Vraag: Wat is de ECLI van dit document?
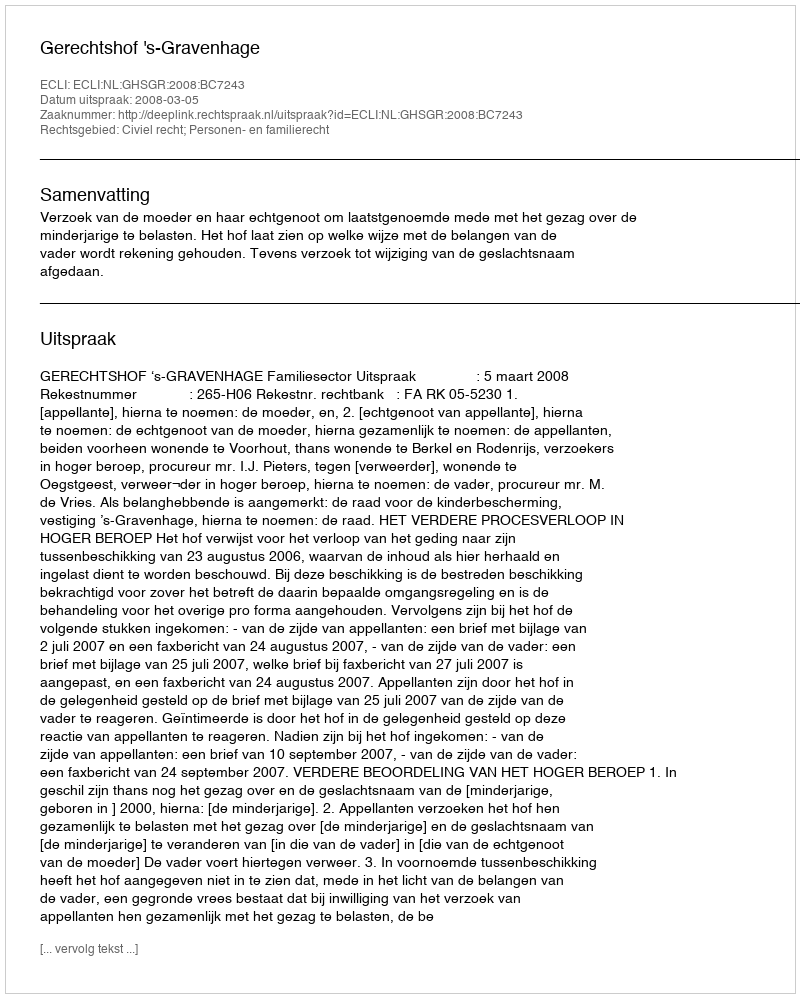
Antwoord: ECLI:NL:GHSGR:2008:BC7243